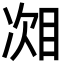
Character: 𬅧